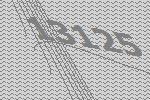
13125